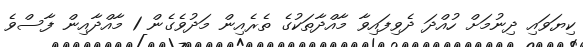
ކިޔަވައި ދިނުމަށް ހުއްދަ ދެވިފައިވާ މާއްދާތަކުގެ ތެރެއިން މަދުވެގެން 1 މާއްދާއިން ފާސްވެ